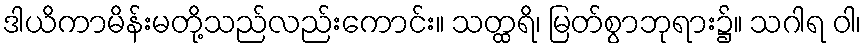
ဒါယိကာမိန်းမတို့သည်လည်းကောင်း။ သတ္ထရိ၊ မြတ်စွာဘုရား၌။ သဂါရ ဝါ၊